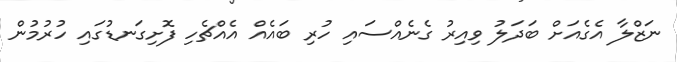
ނަޒްލާ އެގެއަށް ބަދަލު ވިއިރު ގެނެއްސައި ހުރި ބައެއް އެއްޗެހި ފޮށިގަނޑުގައި ހުރުމުން